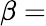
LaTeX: \beta=